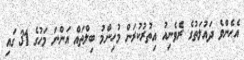
އެހެންވެ ދައުލަތުގެ ރެވެނިއު އިތުރުކުރަން މުހިންމު ބިލްތައް އަންނަ މަހުގެ 31 ގައި